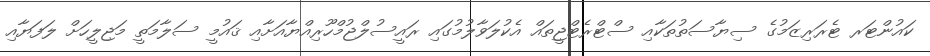
ކައުންޓަރ ޓެރަރިޒަމުގެ ސިޔާސަތުތަކާއި ސްޓްރެޓްޖީތައް އެކުލަވާލުމުގައި ރައީސުލްޖުމްހޫރިއްޔާއަށާއި ޤައުމީ ސަލާމަތީ މަޖިލީހަށް ލަފަޔާއި